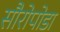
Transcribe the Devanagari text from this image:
सौरोपोडा